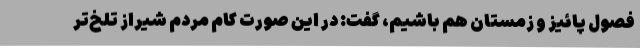
فصول پائیز و زمستان هم باشیم، گفت: در این صورت کام مردم شیراز تلخ‌تر